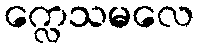
က္လေသမလေ